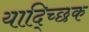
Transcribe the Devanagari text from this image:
याद्च्छिक